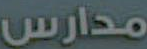
مدارس